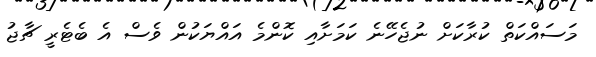
މަސައްކަތް ކުރާކަށް ނުޖެހޭނެ ކަމަށާއި ކޮންމެ އައްޔަކުން ވެސް އެ ބެޓެރީ ޗާޖު